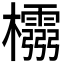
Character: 𭬵